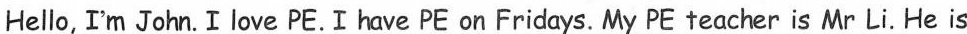
Hello,I'm John. I love PE. I have PE on Fridays. My PE teacher is Mr Li. He is